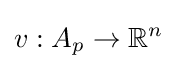
v:A_{p}\to \mathbb {R} ^{n}